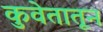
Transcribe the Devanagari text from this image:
कुवेतातून